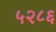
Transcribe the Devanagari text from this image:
५२८६